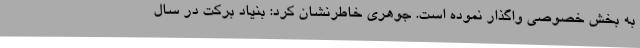
به بخش خصوصی واگذار نموده است. جوهری خاطرنشان کرد: بنیاد برکت در سال